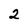
Character: 2